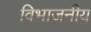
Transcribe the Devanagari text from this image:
विभाजनीय